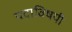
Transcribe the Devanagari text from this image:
पदाविषयी